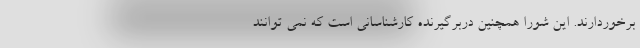
برخوردارند. این شورا همچنین دربرگیرنده کارشناسانی است که نمی توانند